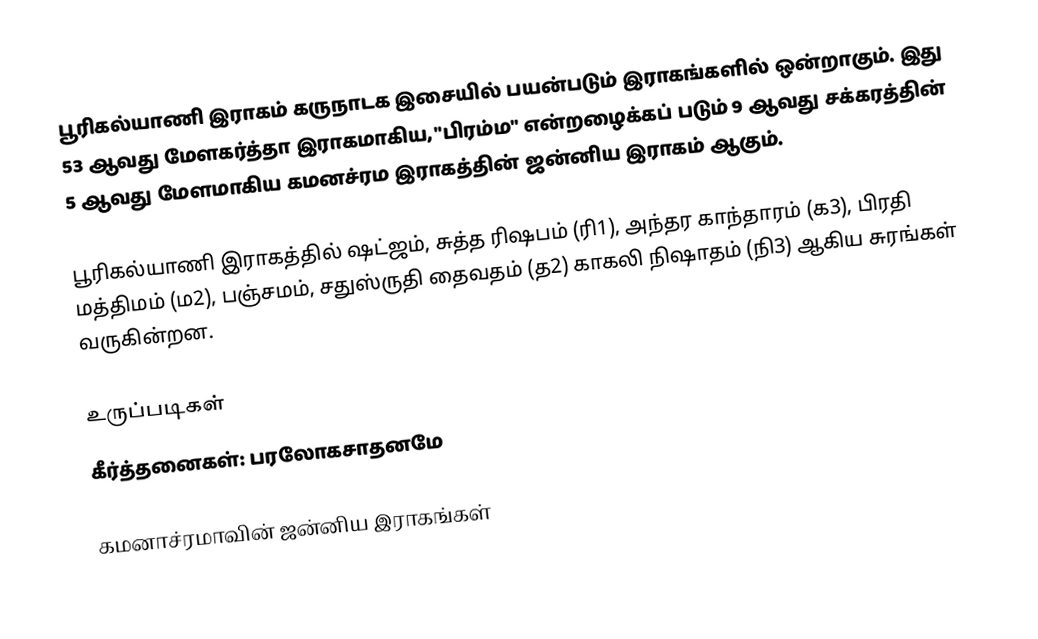
பூரிகல்யாணி இராகம் கருநாடக இசையில் பயன்படும் இராகங்களில் ஒன்றாகும். இது 53 ஆவது மேளகர்த்தா இராகமாகிய, "பிரம்ம" என்றழைக்கப் படும் 9 ஆவது சக்கரத்தின் 5 ஆவது மேளமாகிய கமனச்ரம இராகத்தின் ஜன்னிய இராகம் ஆகும்.

பூரிகல்யாணி இராகத்தில் ஷட்ஜம், சுத்த ரிஷபம் (ரி1),  அந்தர காந்தாரம் (க3), பிரதி மத்திமம் (ம2), பஞ்சமம்,  சதுஸ்ருதி தைவதம் (த2) காகலி நிஷாதம்  (நி3) ஆகிய சுரங்கள் வருகின்றன.

உருப்படிகள்
 கீர்த்தனைகள்: பரலோகசாதனமே

கமனாச்ரமாவின் ஜன்னிய இராகங்கள்